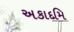
અકાદમિ